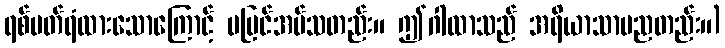
ရစ်ပတ်ရံထားသောကြောင့် မမြင်အပ်သတည်း။ ဤဂါထာသည် အရိယာသာမညတည်း။)